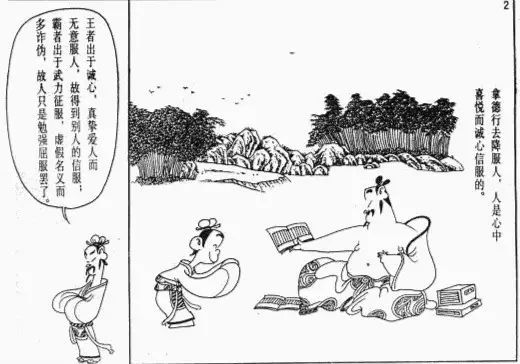
以力服人者，非心服也，力不赡也以德服人者，中心悦而诚服也。